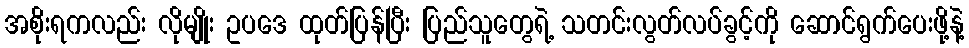
အစိုးရကလည်း လိုမျိုး ဥပဒေ ထုတ်ပြန်ပြီး ပြည်သူတွေရဲ့ သတင်းလွတ်လပ်ခွင့်ကို ဆောင်ရွက်ပေးဖို့နဲ့